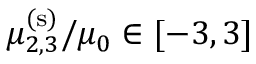
\mu _ { 2 , 3 } ^ { \mathrm { ( s ) } } / \mu _ { 0 } \in [ - 3 , 3 ]